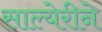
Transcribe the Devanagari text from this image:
साल्येरीने